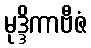
မုဒ္ဒိကာဗီဇံ